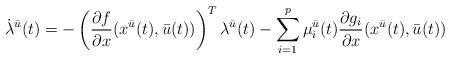
LaTeX: \begin{align*}\dot{\lambda}^{\bar{u}}(t) = -\left(\frac{\partial f}{\partial x}(x^{\bar{u}}(t),\bar{u}(t)) \right)^T \lambda^{\bar{u}}(t) - \sum_{i=1}^{p}\mu_i^{\bar{u}}(t)\frac{\partial g_i}{\partial x}(x^{\bar{u}}(t),\bar{u}(t))\end{align*}